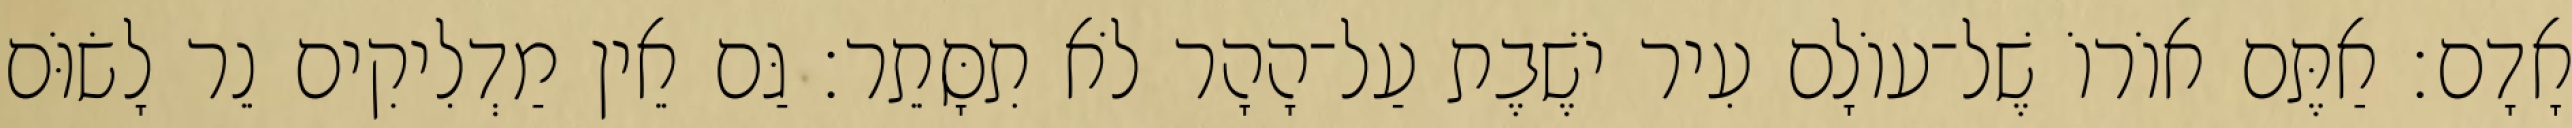
אָדָם׃ אַתֶּם אוֹרוֹ שֶׁל־עוֹלָם עִיר יֹשֶׁבֶת עַל־הָהָר לֹא תִסָּתֵר׃ גַּם אֵין מַדְלִיקִים נֵר לָשׂוֹּם